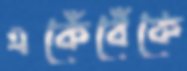
একেঁবেঁকে